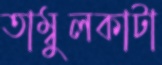
তাম্বুলকাটা